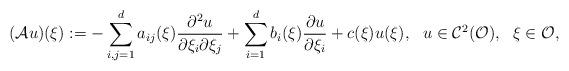
LaTeX: \begin{align*}(\mathcal{A}u)(\xi):=-\sum_{i,j=1}^d a_{ij}(\xi)\frac{\partial^2 u}{\partial \xi_i\partial \xi_j}+\sum_{i=1}^d b_{i}(\xi)\frac{\partial u}{\partial \xi_i} + c(\xi)u(\xi), \ \ u\in\mathcal{C}^2(\mathcal{O}), \ \ \xi\in\mathcal{O},\end{align*}